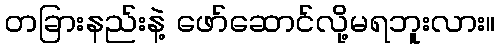
တခြားနည်းနဲ့ ဖော်ဆောင်လို့မရဘူးလား။